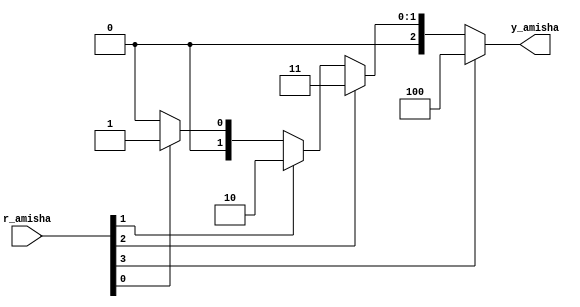
`timescale 1ns / 1ps
//////////////////////////////////////////////////////////////////////////////////
// Company: 
// Engineer: 
// 
// Design Name: 
// Module Name:    prio_encoder_if_Amisha 
// Project Name: 
// Target Devices: 
// Tool versions: 
// Description: 
//
// Dependencies: 
//
// Revision: 
// Revision 0.01 - File Created
// Additional Comments: 
//
//////////////////////////////////////////////////////////////////////////////////
module prio_encoder_if_Amisha(
    input wire [4:1] r_amisha,
    output reg [2:0] y_amisha
    );
	 
	 always @*
	 if (r_amisha[4]==1'b1)
	 y_amisha = 3'b100;
	 else if (r_amisha[3]==1'b1)
	 y_amisha = 3'b011;
	 else if (r_amisha[2]==1'b1)
	 y_amisha = 3'b010;
	 else if (r_amisha[1]==1'b1)
	 y_amisha = 3'b001;
	 else
	 y_amisha = 3'b000;
endmodule